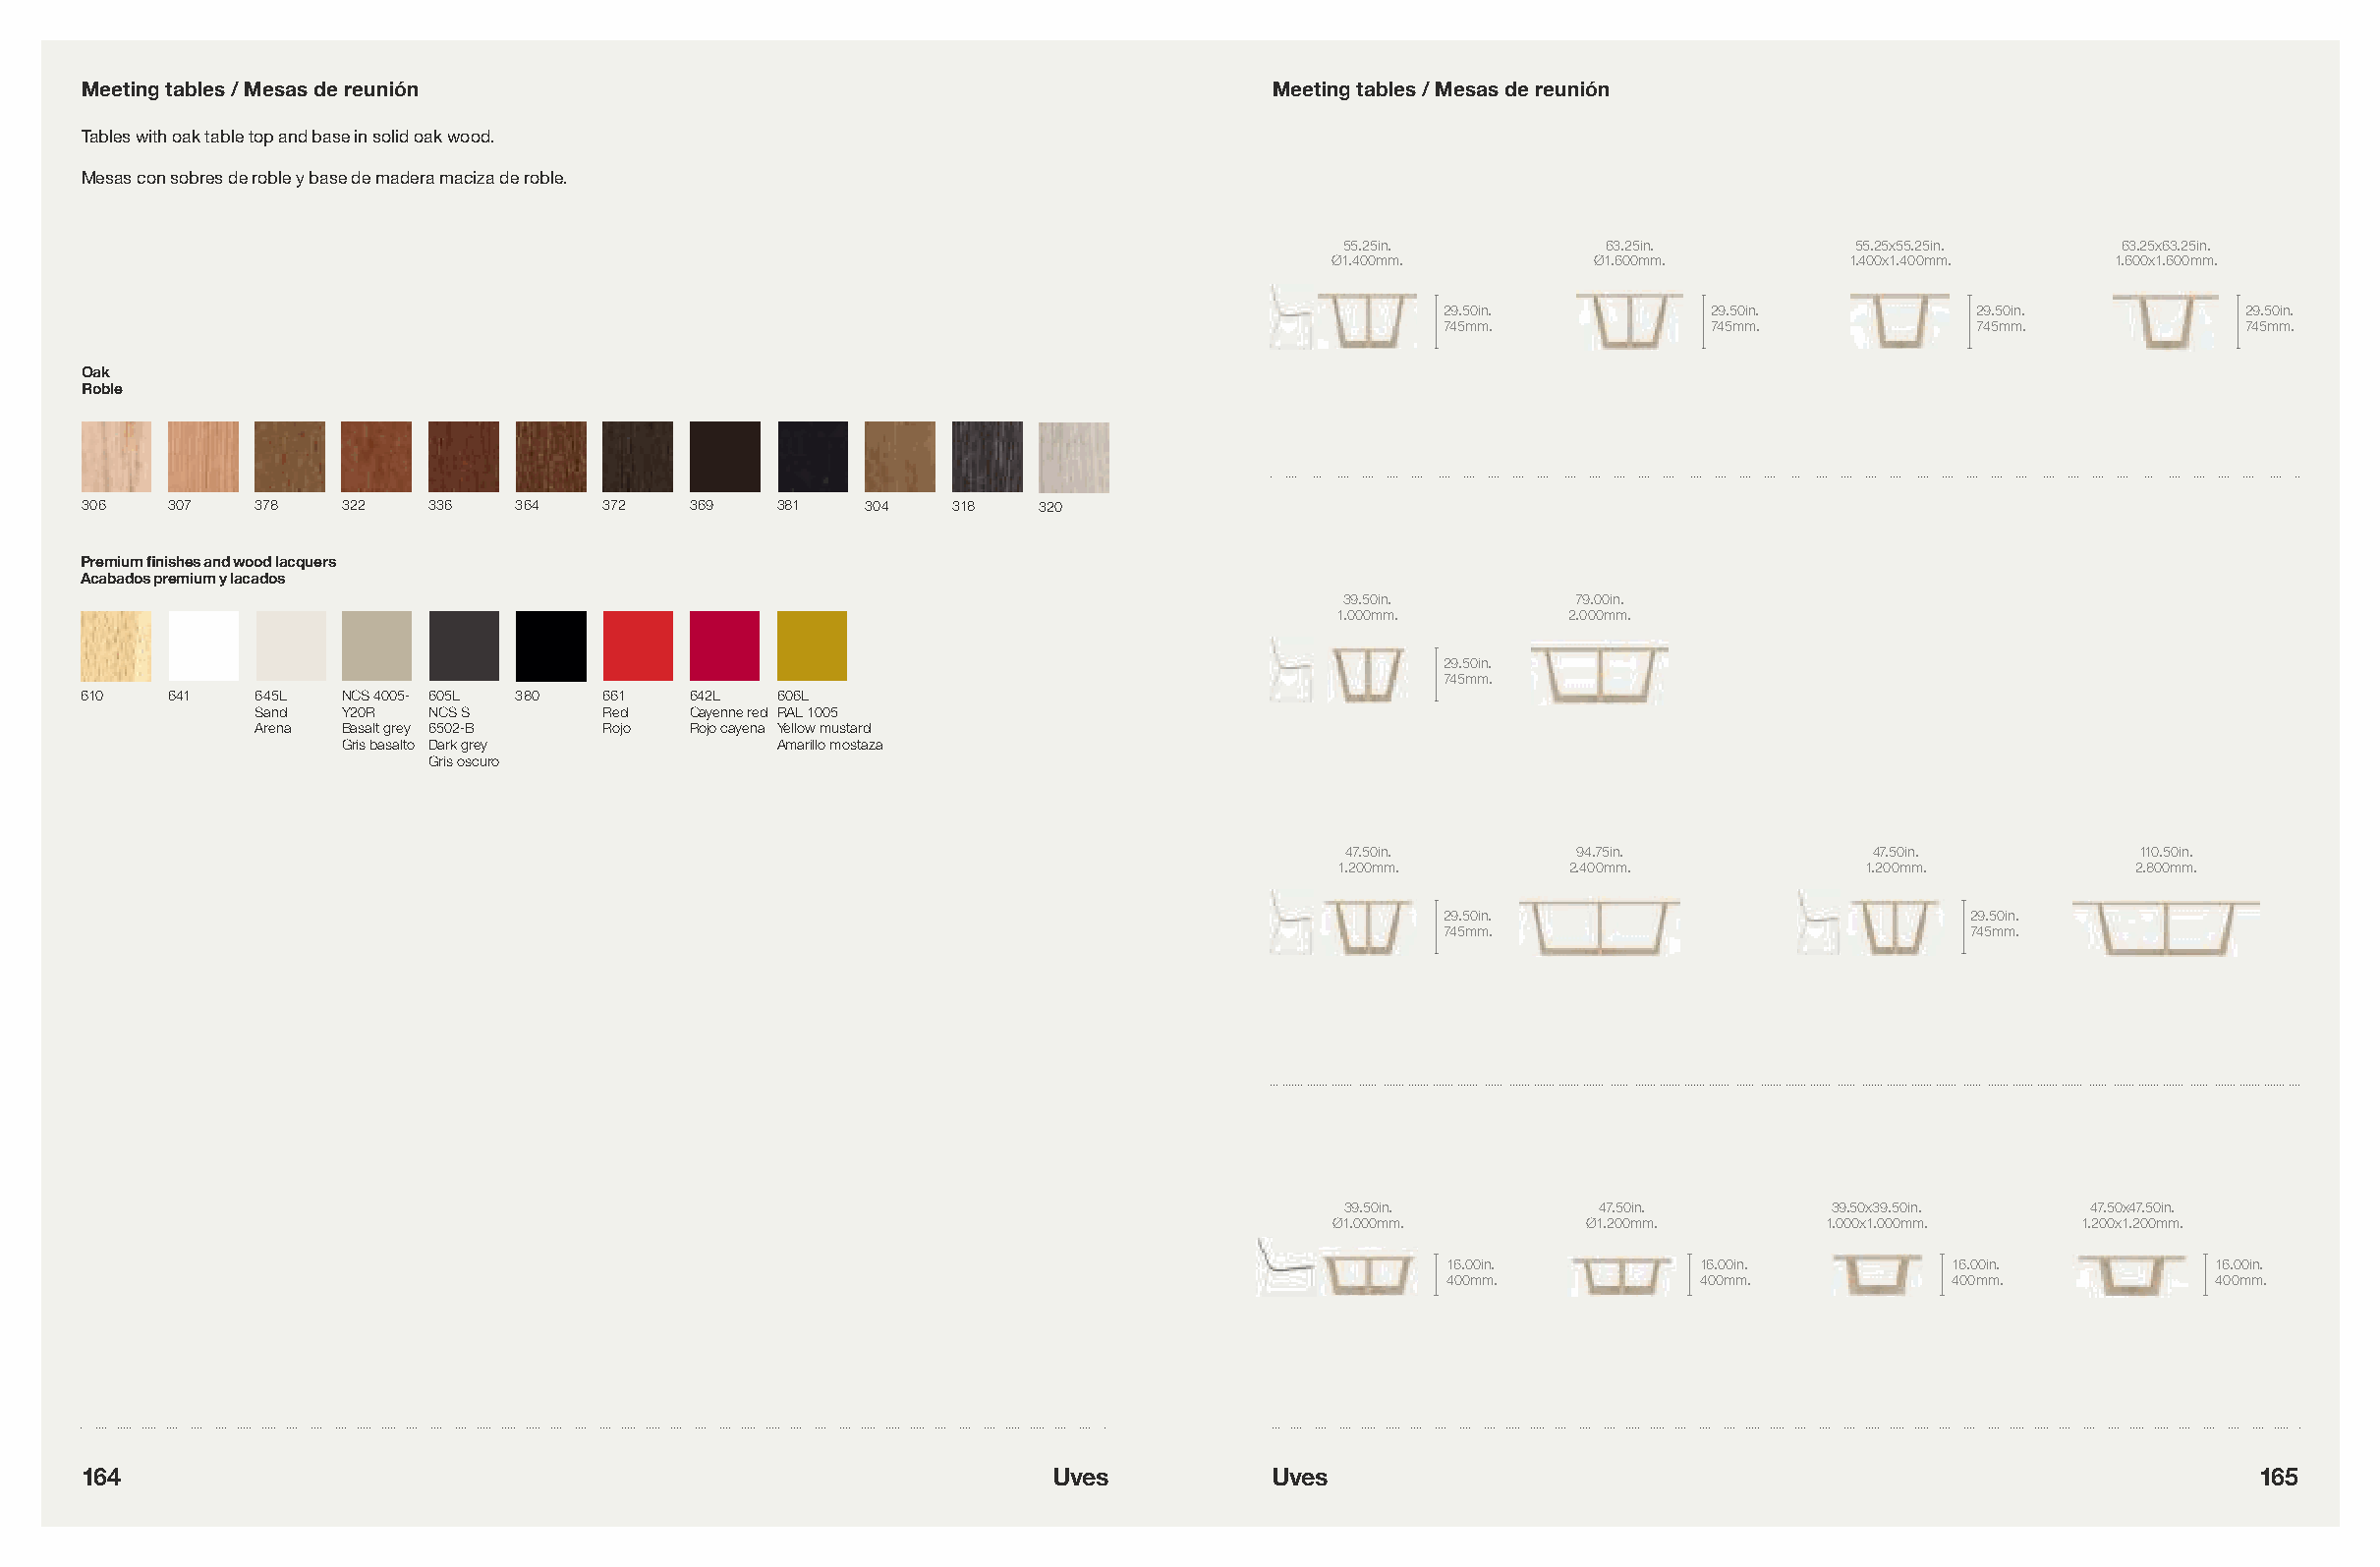
Meeting tables / Mesas de reunión                                                Meeting tables / Mesas de reunión
 Tables with oak table top and base in solid oak wood.
 Mesas con sobres de roble y base de madera maciza de roble.
 55.25in.          63.25in.         55.25x55.25in.    63.25x63.25in.
 Ø1.400mm.        Ø1.600mm.         1.400x1.400mm.   1.600x1.600mm.
 29.50in.          29.50in.          29.50in.          29.50in.
 745mm.            745mm.            745mm.            745mm.
 Oak
 Roble
 306   307   378   322   336   364   372  369   381   304   318   320
 Premium finishes and wood lacquers
 Acabados premium y lacados
 39.50in.        79.00in.
 1.000mm.        2.000mm.
 29.50in.
 745mm.
 610   641   645L  NCS 4005- 605L 380 661 642L  606L
 Sand  Y20R  NCS S       Red  Cayenne red RAL 1005
 Arena Basalt grey 6502-B Rojo Rojo cayena Yellow mustard
 Gris basalto Dark grey       Amarillo mostaza
 Gris oscuro
 47.50in.       94.75in.            47.50in.          110.50in.
 1.200mm.        2.400mm.            1.200mm.          2.800mm.
 29.50in.                            29.50in.
 745mm.                              745mm.
 39.50in.         47.50in.       39.50x39.50in.    47.50x47.50in.
 Ø1.000mm.        Ø1.200mm.       1.000x1.000mm.   1.200x1.200mm.
 16.00in.         16.00in.         16.00in.          16.00in.
 400mm.           400mm.           400mm.            400mm.
 164                                                               Uves           Uves                                                              165